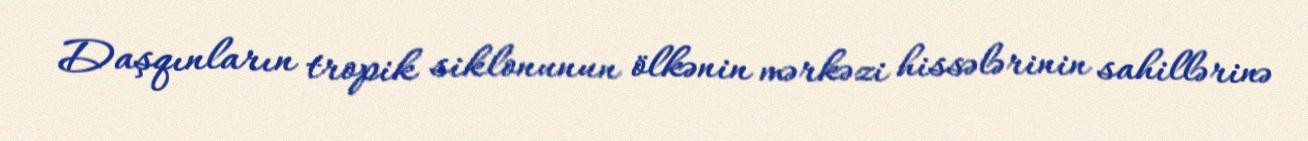
Daşqınların tropik siklonunun ölkənin mərkəzi hissələrinin sahillərinə